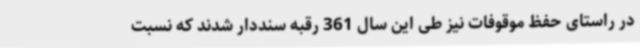
در راستای حفظ موقوفات نیز طی این سال 361 رقبه سنددار شدند که نسبت